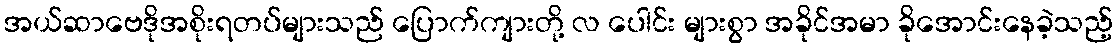
အယ်ဆာဗေဒိုအစိုးရတပ်များသည် ပြောက်ကျားတို့ လ ပေါင်း များစွာ အခိုင်အမာ ခိုအောင်းနေခဲ့သည့်